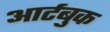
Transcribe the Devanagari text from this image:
आर्टबुक